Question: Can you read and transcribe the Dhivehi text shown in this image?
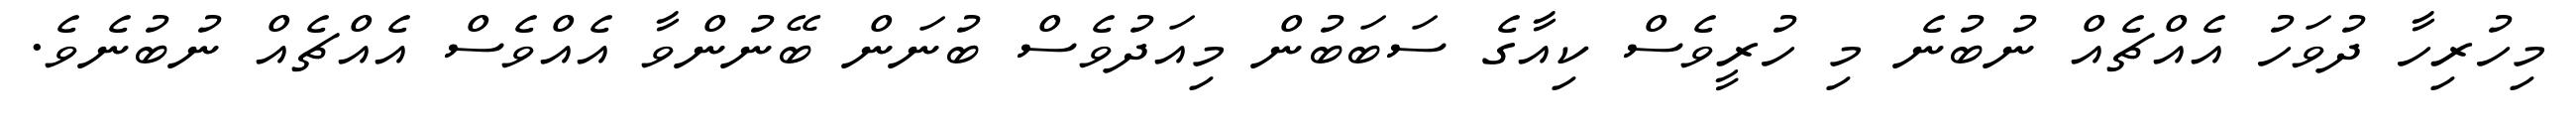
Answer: މިހުރިހާ ދުވަހު އެއްޗެއް ނުބުނެ މި ހުރީވެސް ކިއާގެ ސަބަބުން މިއަދުވެސް ބުނަން ބޭނުންވާ އެއްވެސް އެއްޗެއް ނުބުނެވެ.